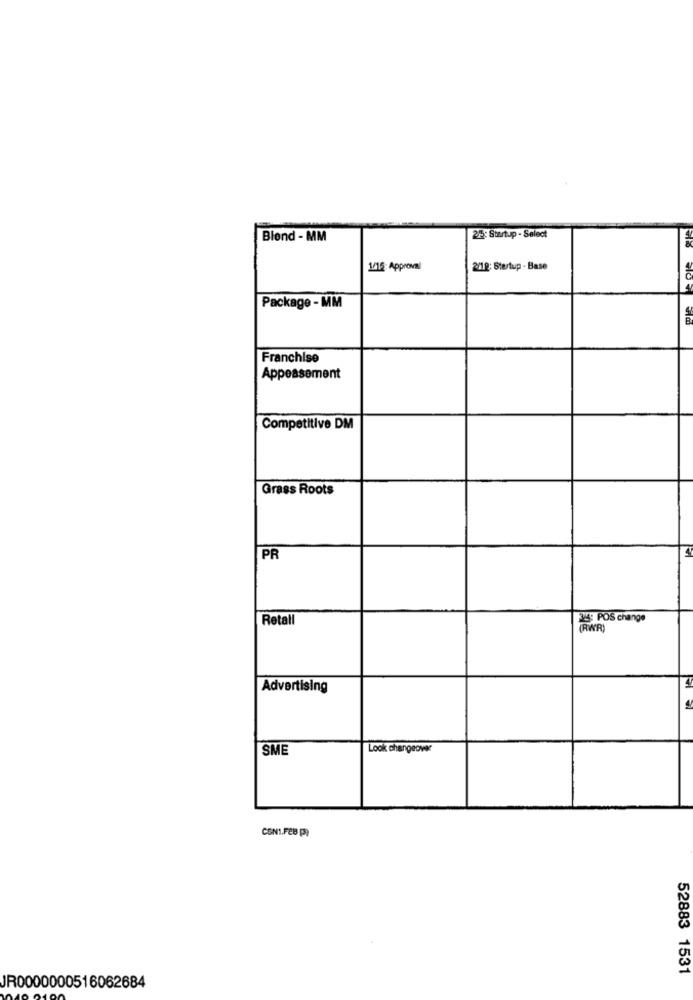
Blend - MM
215: Startup - Select
1/16: Approval
2/18: Stertup - Base
Package - MM
Franchise
Appeasement
Competitive DM
Grass Roots
PR
Retall
24 POS change
(RWR)
Advertising
SME
Look changeover
CSN1.FEB P)
52883 1531
JR0000000516062684